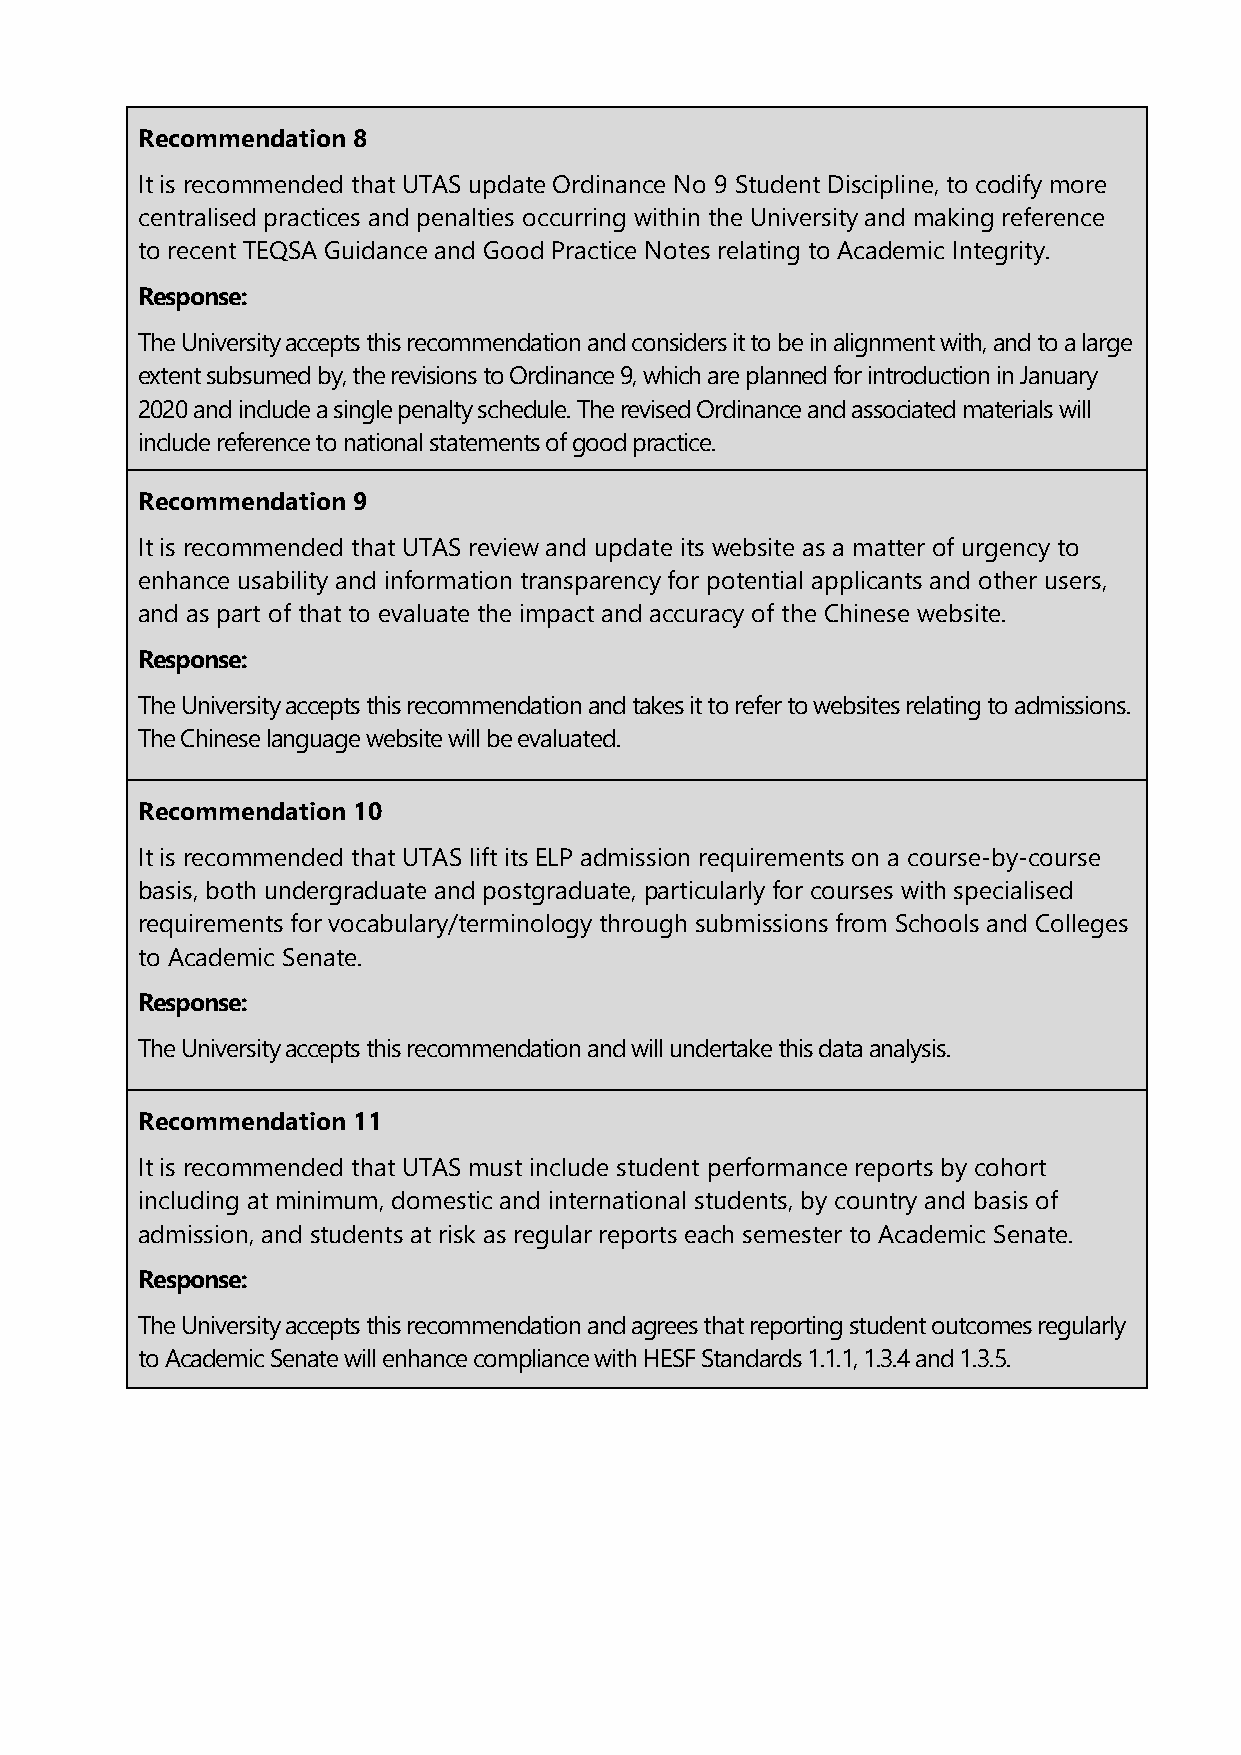
Recommendation 8
 It is recommended that UTAS update Ordinance No 9 Student Discipline, to codify more
 centralised practices and penalties occurring within the University and making reference
 to recent TEQSA Guidance and Good Practice Notes relating to Academic Integrity.
 Response:
 The University accepts this recommendation and considers it to be in alignment with, and to a large
 extent subsumed by, the revisions to Ordinance 9, which are planned for introduction in January
 2020 and include a single penalty schedule. The revised Ordinance and associated materials will
 include reference to national statements of good practice.
 Recommendation 9
 It is recommended that UTAS review and update its website as a matter of urgency to
 enhance usability and information transparency for potential applicants and other users,
 and as part of that to evaluate the impact and accuracy of the Chinese website.
 Response:
 The University accepts this recommendation and takes it to refer to websites relating to admissions.
 The Chinese language website will be evaluated.
 Recommendation 10
 It is recommended that UTAS lift its ELP admission requirements on a course-by-course
 basis, both undergraduate and postgraduate, particularly for courses with specialised
 requirements for vocabulary/terminology through submissions from Schools and Colleges
 to Academic Senate.
 Response:
 The University accepts this recommendation and will undertake this data analysis.
 Recommendation 11
 It is recommended that UTAS must include student performance reports by cohort
 including at minimum, domestic and international students, by country and basis of
 admission, and students at risk as regular reports each semester to Academic Senate.
 Response:
 The University accepts this recommendation and agrees that reporting student outcomes regularly
 to Academic Senate will enhance compliance with HESF Standards 1.1.1, 1.3.4 and 1.3.5.